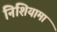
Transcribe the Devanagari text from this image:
निशियामा